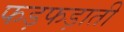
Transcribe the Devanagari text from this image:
फड़फड़ाती